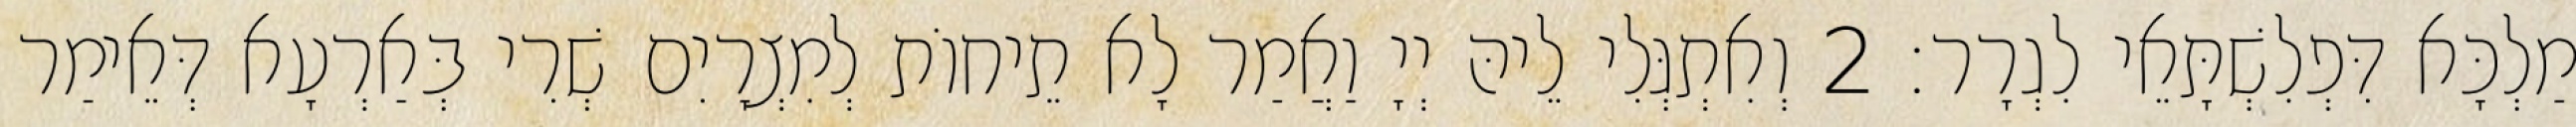
מַלְכָּא דִּפְלִשְׁתָּאֵי לִגְרָר׃ 2 וְאִתְגְּלִי לֵיהּ יְיָ וַאֲמַר לָא תֵיחוֹת לְמִצְרָיִם שְׁרִי בְּאַרְעָא דְּאֵימַר